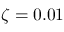
\zeta = 0 . 0 1